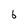
Character: 6